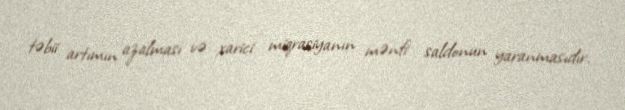
təbii artımın azalması və xarici miqrasiyanın mənfi saldonun yaranmasıdır.